[Report on the health of British troops in the Madras command]
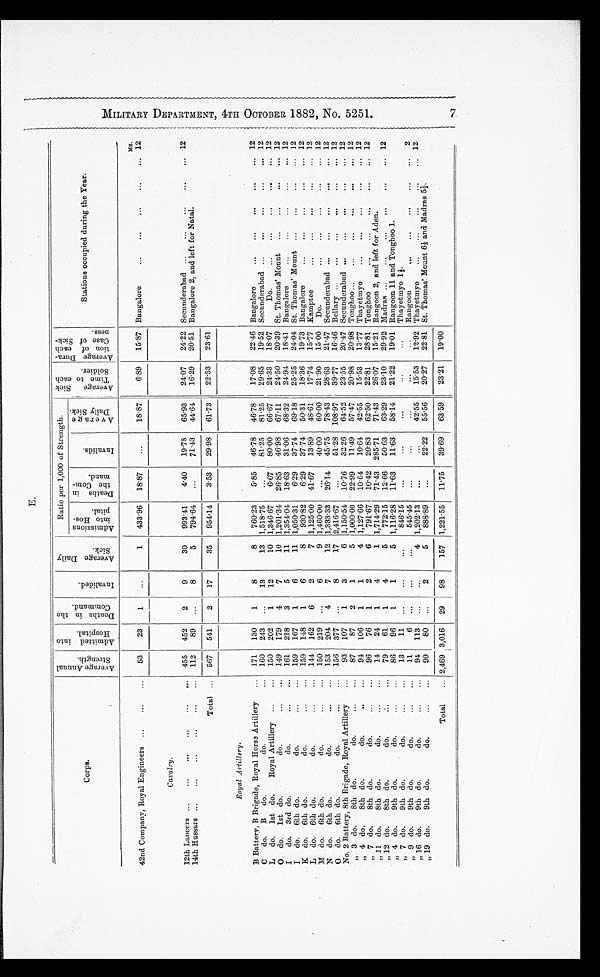
E.
Corps.
A v e r a g e A n n u a l S t r e n g t h .
A d m i t t e d i n t o
Ho s p i t a l .
D e a t h s i n t h e
C o mma n d .
I nval i ded.
A v e r a g e D a i l y
Si ck.
Ratio per 1,000 of Strength.
Aver age Si ck
Ti me t o each
Soldier.
Average Dura-
ti on of each
Case of Si ck-
ness
Stations occupied during the Year.
Admi ssi ons
i nto Hos-
pital.
Deaths i n
the Com-
mand.
I n v a l i d s .
Average Daily Sick.
42nd Company, Royal Engineers ...
...
...
53
23
1
...
1
433.96 18.87
...
18.87
6.89 15.87 Bangalore
...
...
...
...
. . .
MS.
12
Cavalry.
12th Lancers ...
...
...
...
...
... 455 452
2
9
30
993.41
4.40
19.78
65.93
24.07 24.22 Secunderabad ...
...
...
...
... 12
14th Hussars ...
...
...
...
...
... 112
89 ...
8
5 794.64 ... 71.43 44.64 16.29 20.51 Bangalore 2, and left for Natal.
Total ... 567 541
2
17
35
954.14
3.53
29.98
61.73
22.53 23.61
Royal Artillery.
B Battery, B Brigade, Royal Hors Artillery ... 171 130
1
8
8
760.23
5.85 46.78 46.78
17.08 22.46 Bangalore ...
...
...
...
. . . 12
C do. B do.
do.
... 160 243 ...
13
13 1,518.75
...
81.25
81.25
29.65
19.52 Secunderabad ...
...
...
...
. . . 12
L do. 1st do.
Royal Artillery ...
... 150 202
1
12
10 1,346.67
6.67 80.00
66.67
24.33
18.07
Do . . . . . . . . . . . .
. . . 12
O do. 1st do.
do.
...
... 149 179
4
7
10 1,201.34 26.85 46.98 67.11
24.50
20.39 St. Thomas' Mount
...
...
...
... 12
I
do. 3rd do.
do.
...
... 161 218
3
5
11 1,354.04 18.63 31.06 68.32
24.94
18.41 Bangalore... ... ... ... ...
... 12
I do. 6th do.
do.
...
... 159 167
1
6
11 1,050.31
6.29
37.74
69.18
25.25
24.04 St. Thomas' Mount ...
...
...
... 12
K do. 6th do.
do.
...
... 159 148
1
6
8
930.82
6.29 37.74 50.31
18.36 19.73 Bangalore
...
...
. . . . . .
. . .
12
L do. 6th do.
do.
...
... 144 162
6
2
7 1,125.00 41.67 13.89 48.61
17.74 15.77 Kamptee
...
...
...
...
. . . 12
M do. 6th do.
do.
...
... 150 219 ...
6
9 1,460.00
...
40.00
60.00
21.90 15.00 Do. ... ... ...
...
... 12
N do. 6th do.
do.
...
... 153 204
4
7
12 1,333.33 26.14
45.75
78.43
28.63 21.47 Secunderabad ...
...
...
...
... 12
O do. 6th do.
do.
...
... 156 377 ...
8
17 2,416.67
...
51.28 108.97
39.77
16.46 Bellary ..
...
...
...
...
... 12
No. 2 Battery, 8th Brigade, Royal Artillery
...
93 107
1
3
6 1,150.54 10.76
32.26 64.52
23.55 20.47 Secunderabad ...
...
...
...
...
12
„ 3 do.
8th do.
do.
...
...
87
87
2
1
5 1,000.00 22.99 11.49 57.47
20.98
20.98 Tonghoo ...
...
...
...
...
...
12
„ 4 do.
8th do.
do.
..
...
94 106
1
1 4
1,127.6610.64 10.64 42.55 15.53 13.77 Thayetmyo ...
...
...
. . .
... 12
„ 7 do.
8th do.
do. . . .
...
96
76
1
2
6
791.67 10.42 2O.83 62.50
22.81
28.81 Tonghoo
...
...
...
...
. . . 12
„ 11 do.
8th do.
do.
...
...
14
24
1
4
1 1,714.29 71.43 285.71 71.43 26.07 15.21 Rangoon 2, and left for Aden.
„ 12 do.
8th do.
do.
...
...
79
61
1
4
5
772.15 12.66 50.63
63.29 23.10 29.92 Madras
...
. . . . . . . . . . . .
. . . 12
„ 4 do.
9th do.
do.
...
...
86
96
1
1
5 1,116.28 11.63
11.63 58.14
21.22
19.01 Rangoon 11 and Tonghoo 1.
„ 7 do.
9th do.
do.
...
...
13
11 ...
...
...
846.15
...
...
...
...
...
Thayetmyo 1½
„ 9 do.
9th do.
do.
...
...
11 6
...
...
...
545.45
...
...
...
...
...
Rangoon
...
.
..
...
.. .
... 2
„ 16 do.
9th do.
do.
... ...
94 113 ...
...
4 1,202.13
...
... 42.55
15.53 12.92 Thayetmyo ... ... ... ...
... 12
„ 19 do.
9th do.
do.
...
...
90
80 ...
2
5
888.89
... 22.22
55.56 20.27 22.81 St. Thomas' Mount 61/3 and Madras 5½.
Total
... 2,469 3,016 29
98
157 1,221.55 11.75 39.69 63.59
23.21
19.00